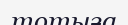
тотыға